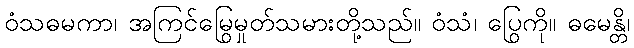
ဝံသဓမကာ၊ အကြင်မြွေမှုတ်သမားတို့သည်။ ဝံသံ၊ ပြွေကို။ ဓမေန္တိ၊